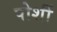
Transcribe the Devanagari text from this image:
पोर्शी